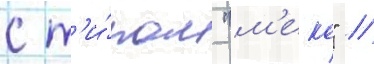
с т'и́пом "м'еко" //